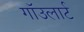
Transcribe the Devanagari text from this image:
गाॅउलार्ट